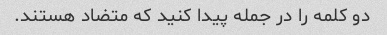
دو کلمه را در جمله پیدا کنید که متضاد هستند.